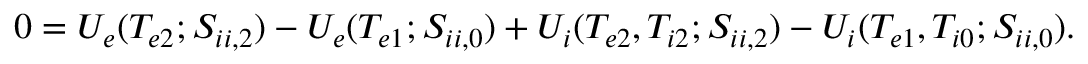
0 = U _ { e } ( T _ { e 2 } ; S _ { i i , 2 } ) - U _ { e } ( T _ { e 1 } ; S _ { i i , 0 } ) + U _ { i } ( T _ { e 2 } , T _ { i 2 } ; S _ { i i , 2 } ) - U _ { i } ( T _ { e 1 } , T _ { i 0 } ; S _ { i i , 0 } ) .